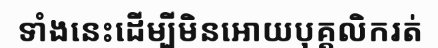
ទាំងនេះដើម្បីមិនអោយបុគ្គលិករត់